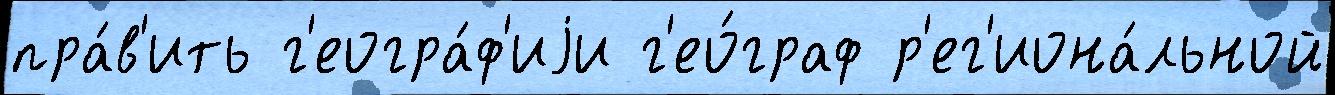
пра́в'ить г'еогра́ф'иjи г'ео́граф р'ег'иона́льной